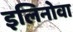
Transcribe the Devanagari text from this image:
इलिनोवा